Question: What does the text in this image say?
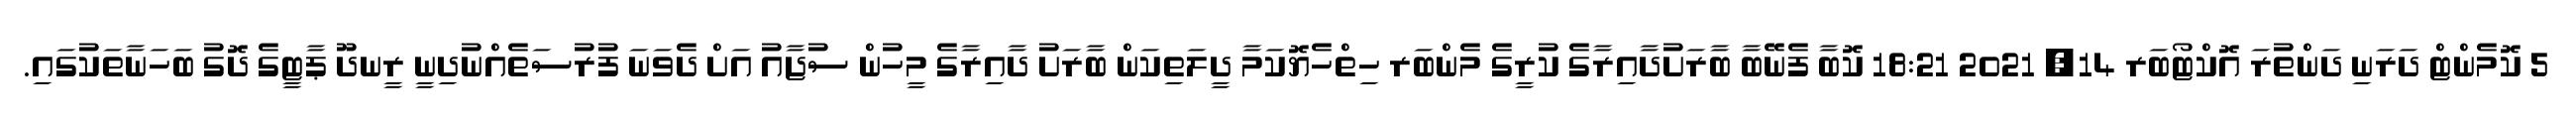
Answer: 5 ކޮމެންޓް ދަރަނި ދަންތުރަ އޮކްޓޯބަރ 14, 2021 18:21 ކޮބާ ފެނޭބާ ބާރަށުދާއިރާގެ ކުރީގެ މެންބަރ ހިތްހެޔޮކަމާ ދީލަތިކަން ބާރަށު ދާއިރާގެ މީހުން ސުޖާއު އަށް ދެވަނަ ފުރުސަތެއްނުދިނީ ރީނދޫ ޕާޓީގެ ދޮގު ބަހަނާތަކުގައި.